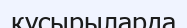
қусырыларда